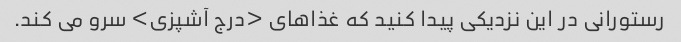
رستورانی در این نزدیکی پیدا کنید که غذاهای <درج آشپزی> سرو می کند.